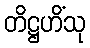
တိဋ္ဌဟိံသု